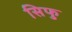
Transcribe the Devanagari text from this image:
सिफु